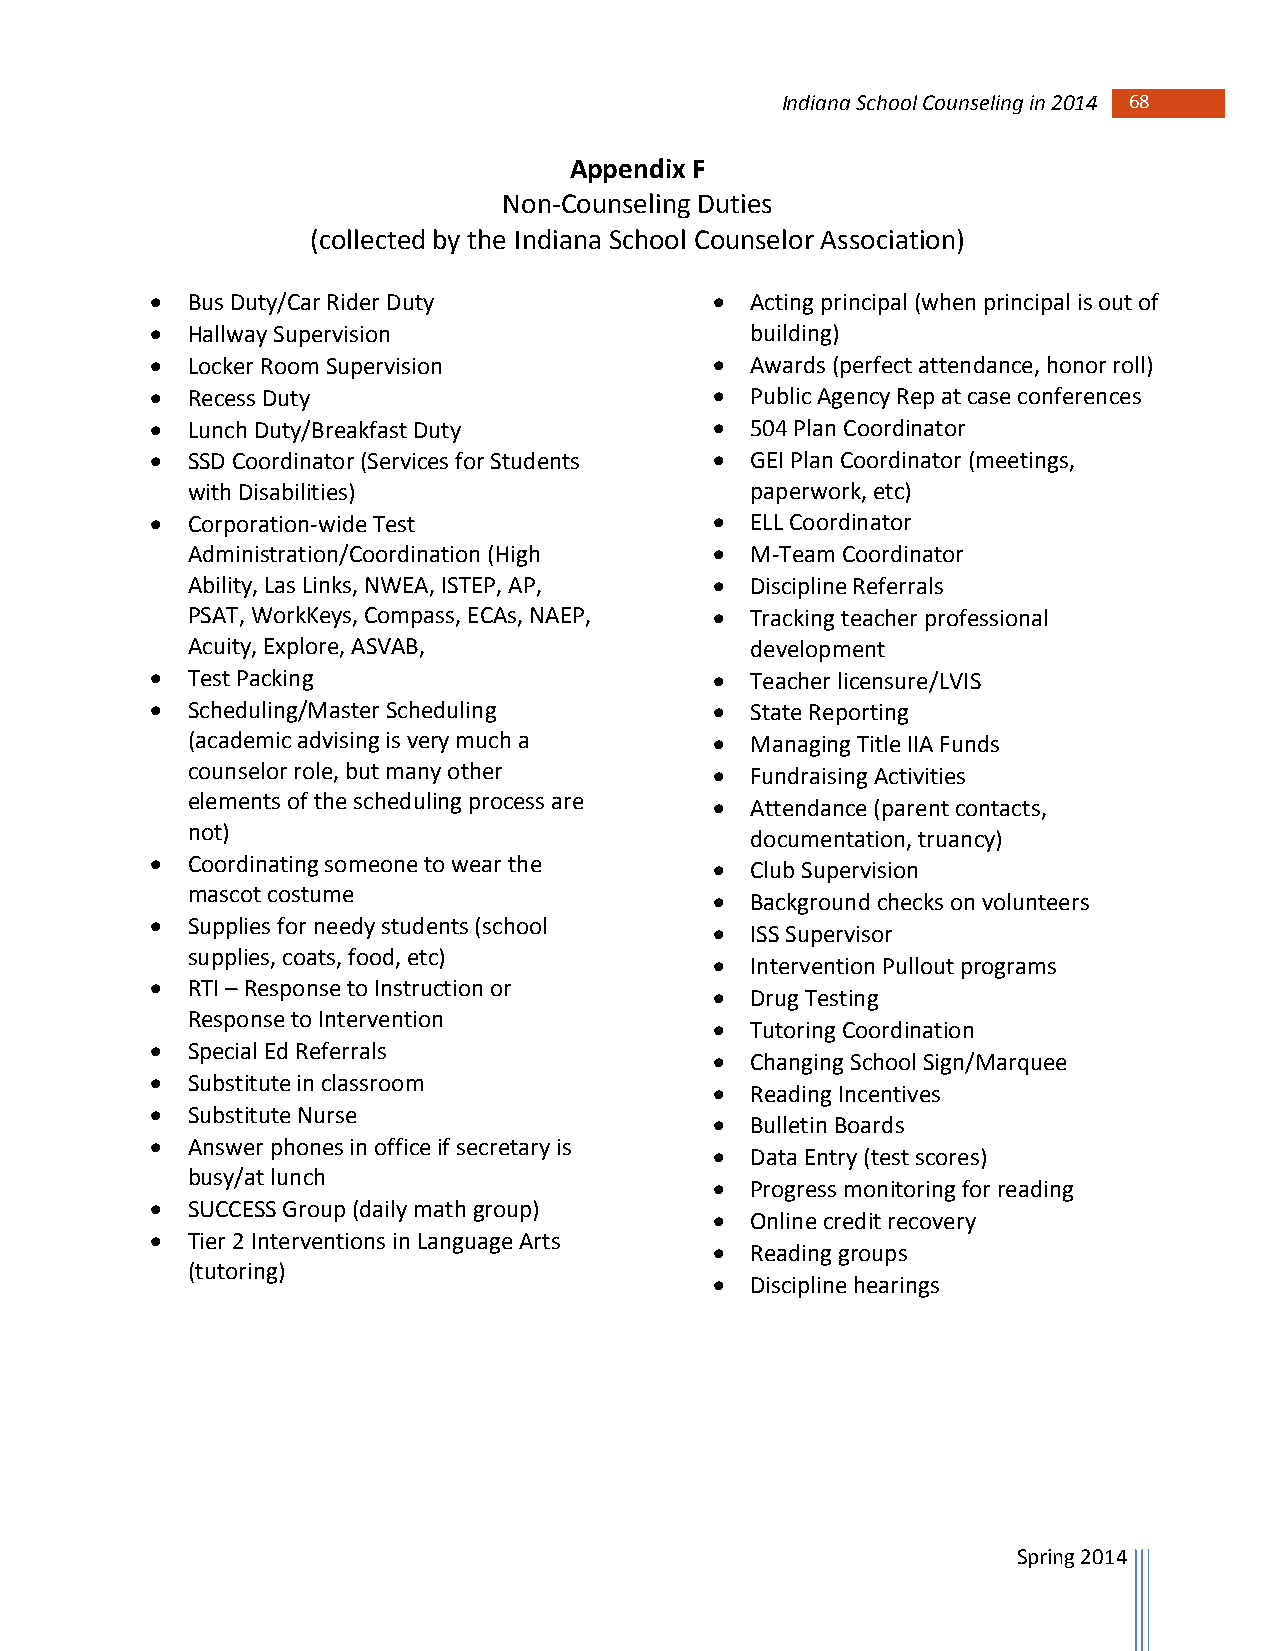
Indiana School Counseling in 2014 68
 Appendix F
 Non-Counseling Duties
 (collected by the Indiana School Counselor Association)
  Bus Duty/Car Rider Duty              Acting principal (when principal is out of
  Hallway Supervision                   building)
  Locker Room Supervision              Awards (perfect attendance, honor roll)
  Recess Duty                          Public Agency Rep at case conferences
  Lunch Duty/Breakfast Duty            504 Plan Coordinator
  SSD Coordinator (Services for Students  GEI Plan Coordinator (meetings,
 with Disabilities)                    paperwork, etc)
  Corporation-wide Test                ELL Coordinator
 Administration/Coordination (High    M-Team Coordinator
 Ability, Las Links, NWEA, ISTEP, AP,  Discipline Referrals
 PSAT, WorkKeys, Compass, ECAs, NAEP,  Tracking teacher professional
 Acuity, Explore, ASVAB,               development
  Test Packing                         Teacher licensure/LVIS
  Scheduling/Master Scheduling         State Reporting
 (academic advising is very much a    Managing Title IIA Funds
 counselor role, but many other       Fundraising Activities
 elements of the scheduling process are  Attendance (parent contacts,
 not)
 documentation, truancy)
  Coordinating someone to wear the     Club Supervision
 mascot costume
   Background checks on volunteers
  Supplies for needy students (school
   ISS Supervisor
 supplies, coats, food, etc)
   Intervention Pullout programs
  RTI – Response to Instruction or
   Drug Testing
 Response to Intervention
   Tutoring Coordination
  Special Ed Referrals
   Changing School Sign/Marquee
  Substitute in classroom
   Reading Incentives
  Substitute Nurse
   Bulletin Boards
  Answer phones in office if secretary is
   Data Entry (test scores)
 busy/at lunch
   Progress monitoring for reading
  SUCCESS Group (daily math group)
   Online credit recovery
  Tier 2 Interventions in Language Arts
   Reading groups
 (tutoring)
   Discipline hearings
 Spring 2014